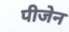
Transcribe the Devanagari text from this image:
पीजेन